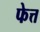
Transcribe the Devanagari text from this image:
फेत्त